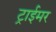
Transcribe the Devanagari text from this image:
ट्राईमर